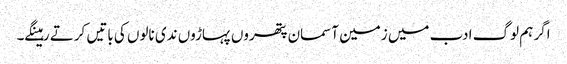
اگر ہم لوگ ادب میں زمین آسمان پتھروں پہاڑوں ندی نالوں کی باتیں کرتے رہینگے۔